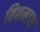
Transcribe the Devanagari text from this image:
विद्यनाथ